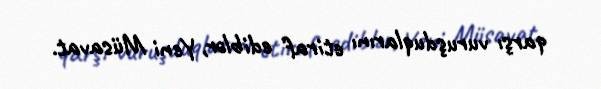
qarşı vuruşduqlarını etiraf ediblər, Yeni Müsavat.